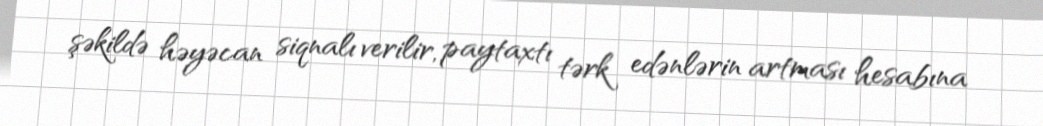
şəkildə həyəcan siqnalı verilir, paytaxtı tərk edənlərin artması hesabına